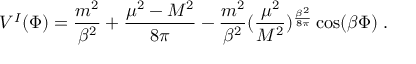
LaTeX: { \cal V } ^ { I } ( \Phi ) = { \frac { m ^ { 2 } } { \beta ^ { 2 } } } + { \frac { \mu ^ { 2 } - { \cal M } ^ { 2 } } { 8 \pi } } - { \frac { m ^ { 2 } } { \beta ^ { 2 } } } ( { \frac { \mu ^ { 2 } } { { \cal M } ^ { 2 } } } ) ^ { { \frac { \beta ^ { 2 } } { 8 \pi } } } \cos ( \beta \Phi ) \; .